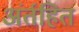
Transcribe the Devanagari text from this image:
अंर्तहित